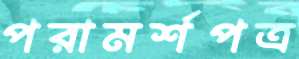
পরামর্শপত্র